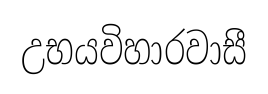
උභයවිහාරවාසී